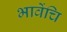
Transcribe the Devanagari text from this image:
भावेंचि